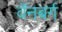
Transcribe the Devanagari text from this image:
वॅनबर्ग